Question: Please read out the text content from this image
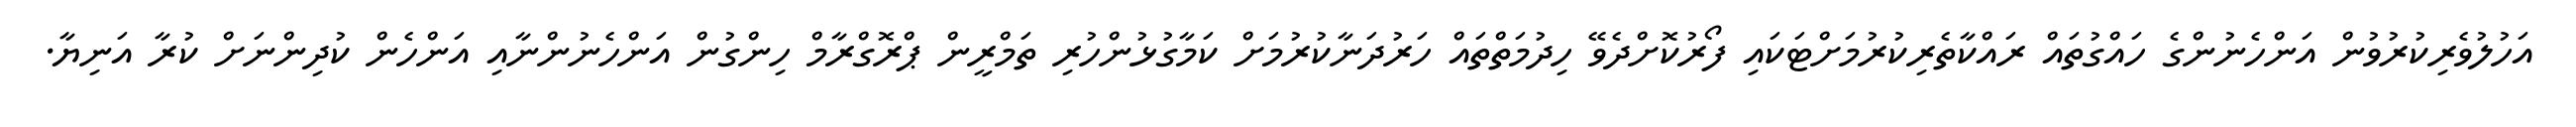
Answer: އަހުލުވެރިކުރުވުން އަންހެނުންގެ ހައްގުތައް ރައްކާތެރިކުރުމަށްޓަކައި ފޯރުކޮށްދެވޭ ހިދުމަތްތައް ހަރުދަނާކުރުމަށް ކަމާގުޅުންހުރި ތަމްރީން ޕްރޮގްރާމް ހިންގުން އަންހެނުންނާއި އަންހެން ކުދިންނަށް ކުރާ އަނިޔާ.